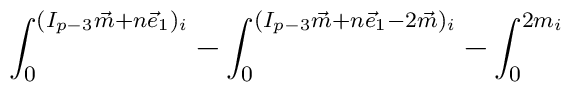
{\int_0^{(I_{p-3}\vec{m}+n\vec{e}_1)_i}-\int_0^{(I_{p-3}\vec{m}+n\vec{e}_1-2\vec{m})_i}-\int_0^{2m_i}}